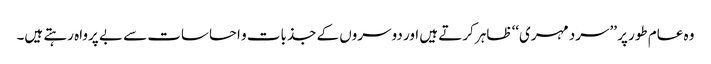
وہ عام طور پر ’’سرد مہری‘‘ ظاہر کرتے ہیں اور دوسروں کے جذبات و احساسات سے بے پرواہ رہتے ہیں۔